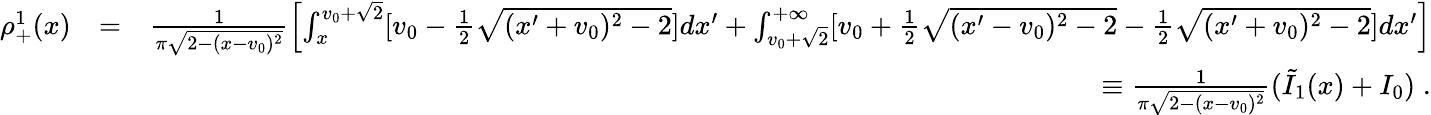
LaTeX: \begin{array}{rlr}{\rho_{+}^{1}(x)}&{=}&{\frac{1}{\pi\sqrt{2-(x-v_{0})^{2}}}\left[\int_{x}^{v_{0}+\sqrt{2}}[v_{0}-\frac{1}{2}\sqrt{(x^{\prime}+v_{0})^{2}-2}]dx^{\prime}+\int_{v_{0}+\sqrt{2}}^{+\infty}[v_{0}+\frac{1}{2}\sqrt{(x^{\prime}-v_{0})^{2}-2}-\frac{1}{2}\sqrt{(x^{\prime}+v_{0})^{2}-2}]dx^{\prime}\right]}\\ &{}&{\equiv\frac{1}{\pi\sqrt{2-(x-v_{0})^{2}}}(\tilde{I}_{1}(x)+I_{0})\; .}\end{array}